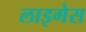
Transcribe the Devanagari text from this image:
लाइगेस